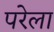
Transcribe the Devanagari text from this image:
परेला